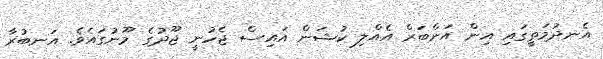
އެނދުމަތީގައި އިން އަންބަރް އެއްލި ކުޝަން އައިސް ޖެހުނީ ޖޫދުގެ މޫނުގައެވެ. އަނބުރާ